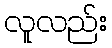
လူလည်း